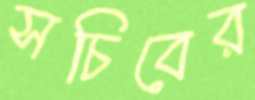
সচিবের